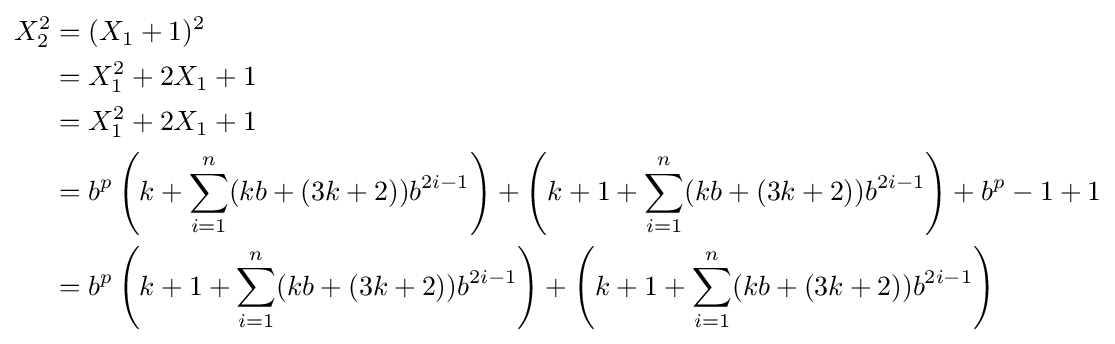
{\begin{aligned}X_{2}^{2}&=(X_{1}+1)^{2}\\&=X_{1}^{2}+2X_{1}+1\\&=X_{1}^{2}+2X_{1}+1\\&=b^{p}\left(k+\sum _{i=1}^{n}(kb+(3k+2))b^{2i-1}\right)+\left(k+1+\sum _{i=1}^{n}(kb+(3k+2))b^{2i-1}\right)+b^{p}-1+1\\&=b^{p}\left(k+1+\sum _{i=1}^{n}(kb+(3k+2))b^{2i-1}\right)+\left(k+1+\sum _{i=1}^{n}(kb+(3k+2))b^{2i-1}\right)\end{aligned}}